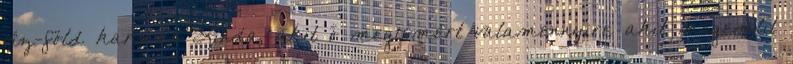
víz-föld karmás Linda, akit ő megismert valamennyire akit megemlít